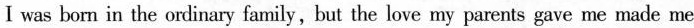
I was born in the ordinary family, but the love my parents gave me made me